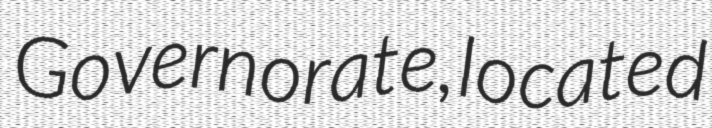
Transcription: Governorate, located